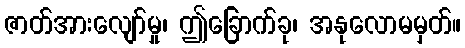
ဇာတ်အားလျော်မှု၊ ဤခြောက်ခု၊ အနုလောမမှတ်။